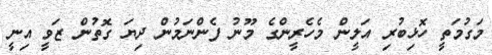
މަގުމަތީ ހޮޅިބުރި އަލީން މެހެރީންގެ މޫނު ފެންނަމުން ދިޔަ ގޮތުން ޒަވީ އިނީ